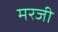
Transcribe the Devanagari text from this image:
मरजी